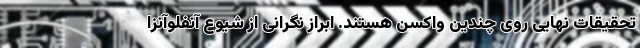
تحقیقات نهایی روی چندین واکسن هستند. ابراز نگرانی از شیوع آنفلوآنزا